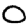
Digit: 0